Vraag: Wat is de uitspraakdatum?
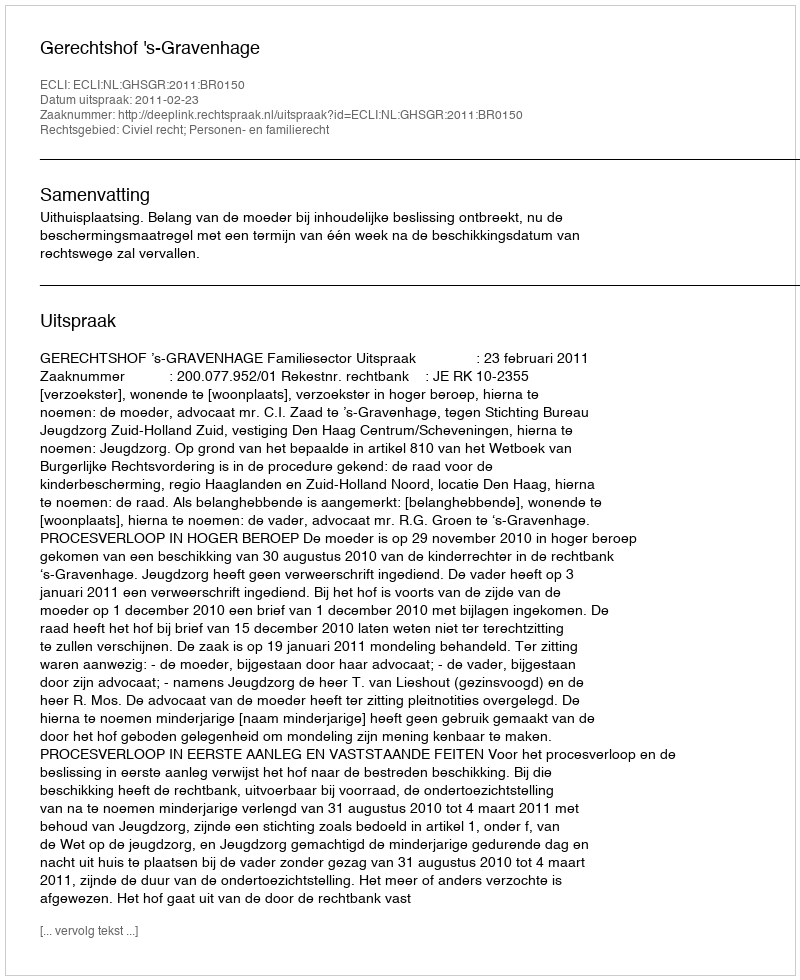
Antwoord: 2011-02-23